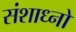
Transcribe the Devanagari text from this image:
संशाध्नो